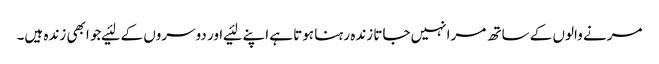
مرنے والوں کے ساتھ مرا نہیں‌جاتا زندہ رہنا ہوتا ہے اپنے لئیے اور دوسروں کے لئیےجو ابھی زندہ ہیں‌۔